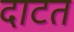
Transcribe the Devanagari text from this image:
दाटत